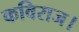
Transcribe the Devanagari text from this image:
कविराज।